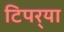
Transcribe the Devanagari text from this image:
टिपर्‍या